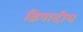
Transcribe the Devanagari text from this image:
द्विपादीय